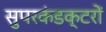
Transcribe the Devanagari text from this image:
सुपरकंडक्टरों